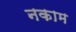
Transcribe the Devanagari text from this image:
नकाम